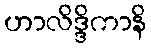
ဟာလိဒ္ဒိကာနိ